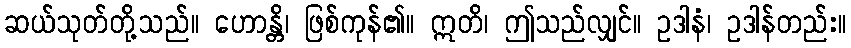
ဆယ်သုတ်တို့သည်။ ဟောန္တိ၊ ဖြစ်ကုန်၏။ ဣတိ၊ ဤသည်လျှင်။ ဥဒါနံ၊ ဥဒါန်တည်း။